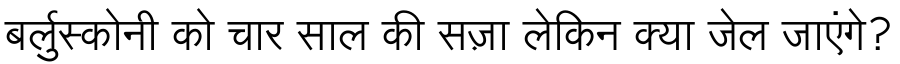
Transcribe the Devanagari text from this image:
बर्लुस्कोनी को चार साल की सज़ा लेकिन क्या जेल जाएंगे?